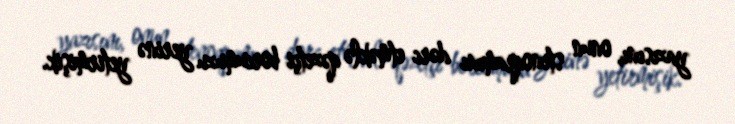
yazısını, onun stenoqramını dərc etməklə qəzetçi borcumuzu yerinə yetirmişik.